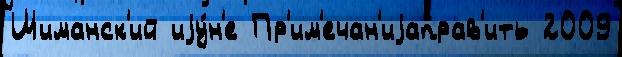
Шиманск'ий иjу́н'е Пр'им'ечан'иjаправ'ить 2009